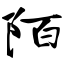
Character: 陌